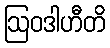
ဩဝဒါဟီတိ